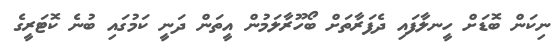
ނިކަން ބޮޑަށް ހީނލާފައި ދެފަރާތަށް ބޯހޫރާލަމުން އީތަން ދަނީ ކަމުގައި ބުނެ ކޮޓަރީގެ